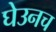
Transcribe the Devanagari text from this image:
घेउनच